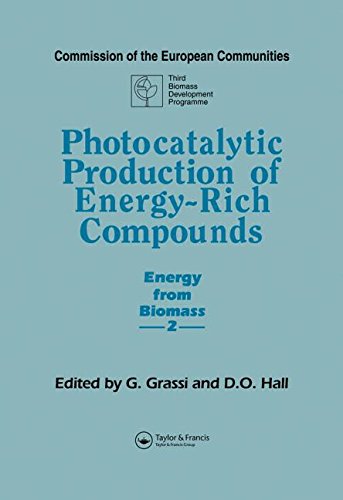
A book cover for Photocatalytic Production of Energy-Rich Compounds (Energy from Biomass ; 2); G. Grassi; Science & Math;